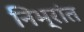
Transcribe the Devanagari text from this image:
निभ्रांत